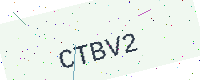
Text: CTBV2